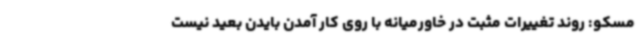
مسکو: روند تغییرات مثبت در خاورمیانه با روی کار آمدن بایدن بعید نیست